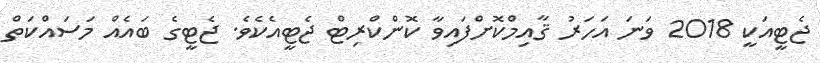
ޖެޓީއަކީ 2018 ވަނަ އަހަރު ޤާއިމްކޮށްފައިވާ ކޮންކްރިޓް ޖެޓީއެކެވެ. ޖެޓީގެ ބައެއް މަސައްކަތް